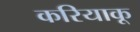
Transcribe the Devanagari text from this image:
करियाकू